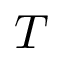
T